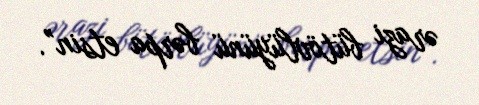
ərazi bütövlüyünü bərpa etsin”.